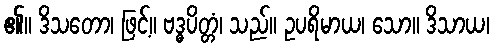
၏။ ဒိသတော၊ ဖြင့်။ ဗဒ္ဓပိတ္တံ၊ သည်။ ဥပရိမာယ၊ သော။ ဒိသာယ၊